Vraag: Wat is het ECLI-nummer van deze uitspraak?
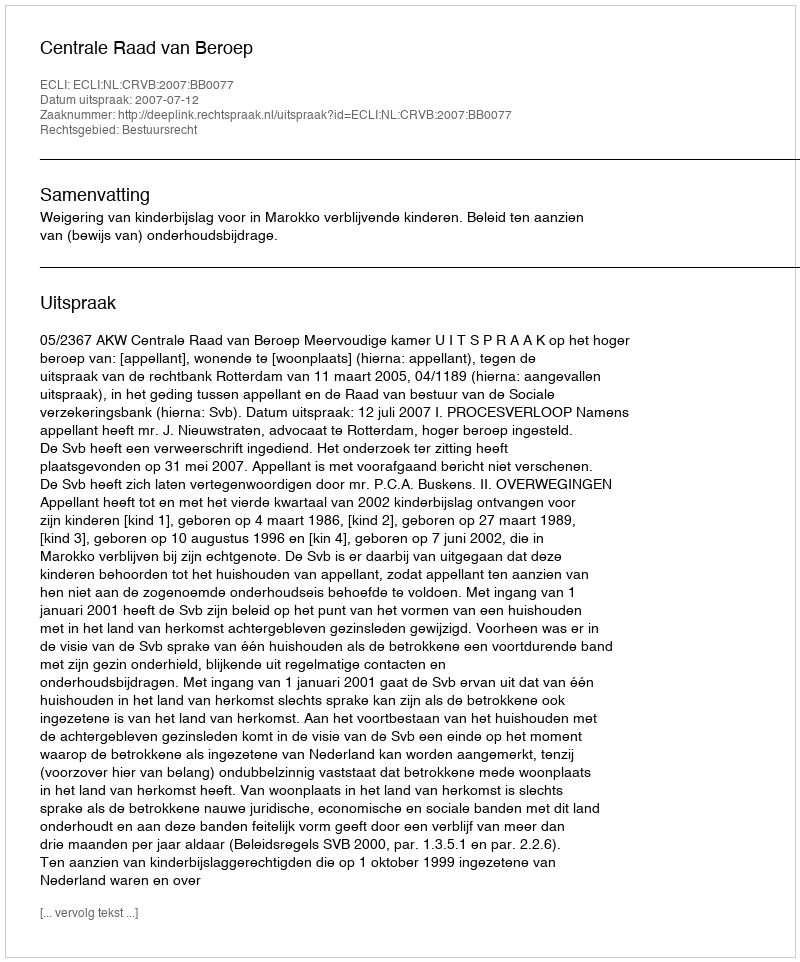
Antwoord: ECLI:NL:CRVB:2007:BB0077